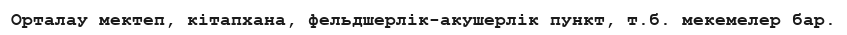
Орталау мектеп, кітапхана, фельдшерлік-акушерлік пункт, т.б. мекемелер бар.